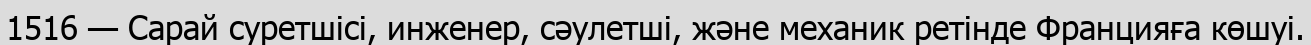
1516 — Сарай суретшісі, инженер, сәулетші, және механик ретінде Францияға көшуі.